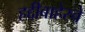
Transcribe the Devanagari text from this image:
हद्दीबाहेरचे